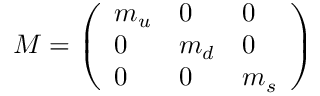
\nonumber M = \left( \begin{array} { l l l } { { m _ { u } } } & { { 0 } } & { { 0 } } \\ { { 0 } } & { { m _ { d } } } & { { 0 } } \\ { { 0 } } & { { 0 } } & { { m _ { s } } } \end{array} \right)